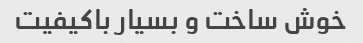
خوش ساخت و بسیار باکیفیت